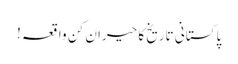
پاکستانی تاریخ کا حیران کن واقعہ !